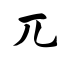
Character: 兀